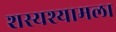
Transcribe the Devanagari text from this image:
शस्यश्यामला